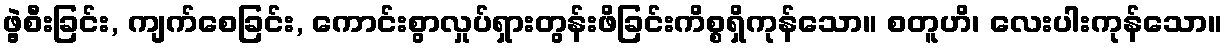
ဖွဲ့စီးခြင်း, ကျက်စေခြင်း, ကောင်းစွာလှုပ်ရှားတွန်းဖိခြင်းကိစ္စရှိကုန်သော။ စတူဟိ၊ လေးပါးကုန်သော။